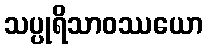
သပ္ပုရိသာဝဿယော